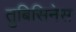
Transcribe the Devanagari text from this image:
तुबिसिनेस